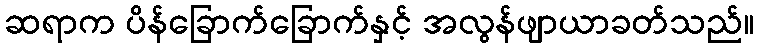
ဆရာက ပိန်ခြောက်ခြောက်နှင့် အလွန်ဖျာယာခတ်သည်။